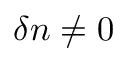
\delta n \ne 0